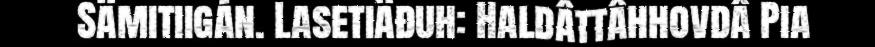
Sämitiigán. Lasetiäđuh: Haldâttâhhovdâ Pia